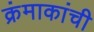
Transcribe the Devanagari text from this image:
क्रंमाकांची